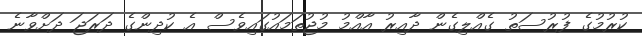
ކުރުމުގެ ފުރުސަތު ގެއްލިގެން ދާއިރު އާއްމު މުޖުތަމައުގައިވެސް އެ ކުދިންގެ ދަރަޖަ ދަށްވާނެ